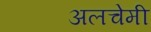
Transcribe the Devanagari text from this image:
अलचेमी